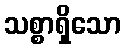
သစ္စာရှိသော